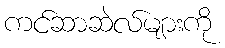
ကင်ဆာဆဲလ်များကို